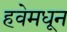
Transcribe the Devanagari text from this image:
हवेमधून